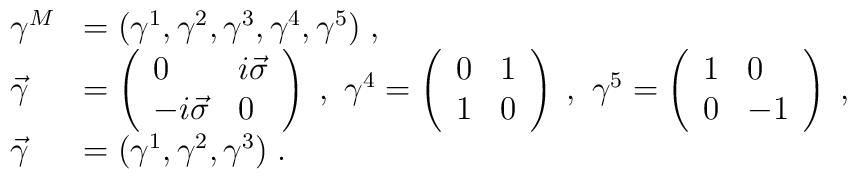
\begin{array}{ll}\gamma ^{M} & =(\gamma ^{1},\gamma ^{2},\gamma ^{3},\gamma ^{4},\gamma^{5})\;, \\ \vec{\gamma} & =\left( \begin{array}{ll}0 & i\vec{\sigma} \\ -i\vec{\sigma} & 0\end{array}\right) \;,\ \gamma ^{4}=\left( \begin{array}{ll}0 & 1 \\ 1 & 0\end{array}\right) \;,\ \gamma ^{5}=\left( \begin{array}{ll}1 & 0 \\ 0 & -1\end{array}\right) \;, \\ \vec{\gamma} & =(\gamma ^{1},\gamma ^{2},\gamma ^{3})\;.\end{array}